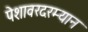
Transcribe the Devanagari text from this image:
पेशावरदरम्यान